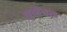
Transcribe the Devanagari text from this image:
मुव्हेबल